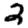
Digit: 2